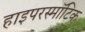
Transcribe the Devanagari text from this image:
हाइपरस्मॉटिक